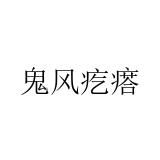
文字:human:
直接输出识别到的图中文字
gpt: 鬼风疙瘩